Lunatic asylums Madras 1892-1911 - 1892-1911
Year: 1892
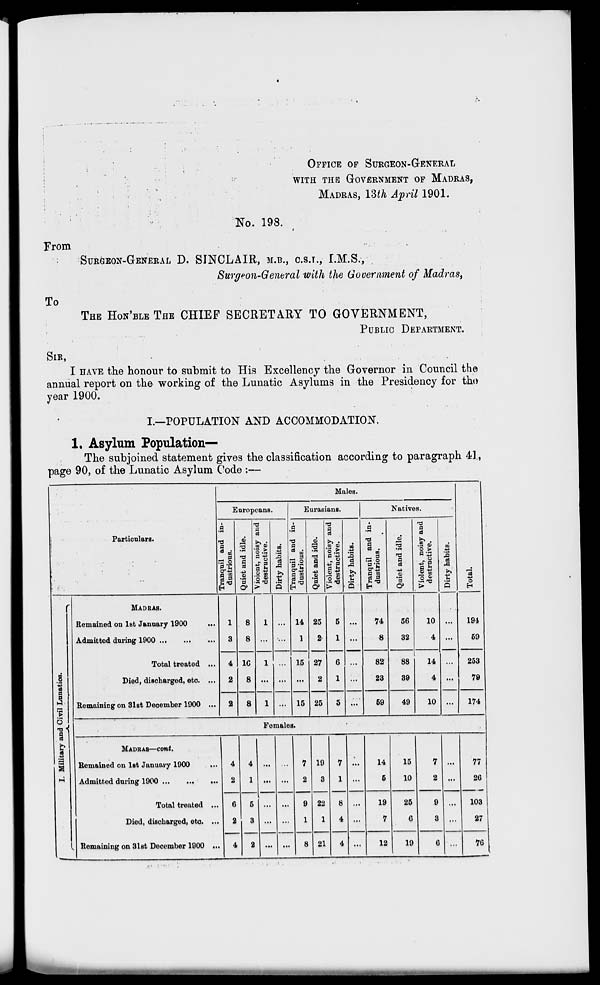
,\
OFFICE OF SURGEON-GENERAL
WITH THE GOVERNMENT OF MADRAS,
MADRAS, ISth April 1901.
No. 198.
From
To
SURGEON-GENERAL D. SINCLAIR, M.B., C.S.T., I.M.S., .
Surgeon-General with the Government of Madras,
THE HON'BLETHE CHIEF SECRETARY TO GOVERNMENT,
PUBLIC DEPARTMENT.
SIR,
I HAVE the honour to submit to His Excellency the Governor in Council the
annual report on the working of the Lunatic Asylums in the Presidency for tho
year 1900.
I.—POPULATION AND ACCOMMODATION.
1. Asylum Population—
The subjoined statement gives the classification according to paragraph 41,
page 90, of the Lunatic Asylum Code :—
Males.
"3
o
I •
Particulars.
i
i
Europeans.
Eurasians.
Natives.
a
a
cd
■
w w
ii-B
a «J
IJ
H
£
a
a
43
'3
<y
Violent, noisy and
destructive.
10
a
A
%
s
a
■a
a
<* a
_, a
« o
cr-3
a »
a a
S-< T3
.2
a
a
43
5
•3
9
-a
9 .
>» .
S.g
II
00
a
M
S
Tranquil and in-
dustrious.
|3
fd
a
3
43
CD
'3
Violent, noisy and
destructive.
CO
+3
13
a
r
i '■ 3 Z
§
r
b
2
a
1
MADRAS.
Remained on 1st January 1900
Admitted during 1900
Total treated ...
Died, discharged, etc. ...
Remaining on 31st Deoember 1900 ...
1
3
8
8
1 ... 14
1
25
2
27
2
25
5
1
6
1
5
74
8
56
32
10
4
191
69
4
2
1C
8
1
...
15
82
23
88
39
14
4
253
79
2
8
1 ... 15
69
49
10
174
Females.
MADRAS—con*.
Remained on 1st January 1900
Admitted during 1900
Total treated ...
Died, discharged, oto. ...
, Remaining on 31st December 1900 ...
4
2
4
1 ...
...
7
2
9
1
8
19
3
22
1
21
7
1
8
4
4 t
14
5
15
10
7
2 ...
77
20
103
27
6
2
4
5
3
2
19
7
25
G
0
3
...
12
19
0
76